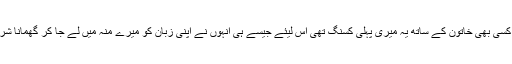
چونکہ کسی بھی خاتون کے ساتھ یہ میری پہلی کسنگ تھی اس لیئے جیسے ہی انہوں نے اپنی زبان کو میرے منہ میں لے جا کر گھمانا شروع کیا۔